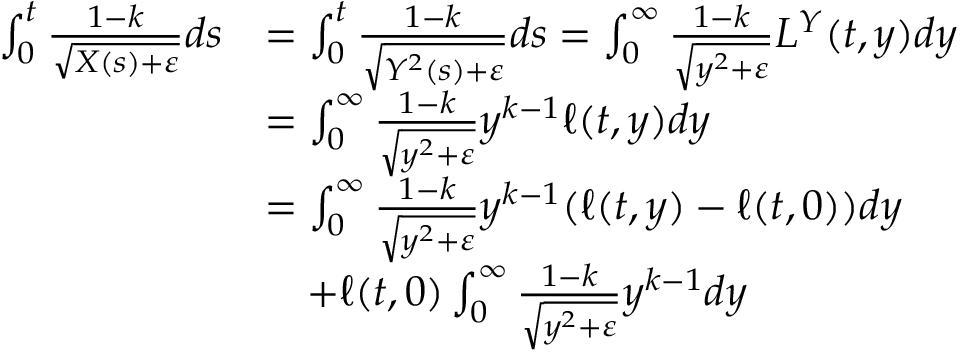
\begin{array} { r l } { \int _ { 0 } ^ { t } \frac { 1 - k } { \sqrt { X ( s ) + \varepsilon } } d s } & { = \int _ { 0 } ^ { t } \frac { 1 - k } { \sqrt { Y ^ { 2 } ( s ) + \varepsilon } } d s = \int _ { 0 } ^ { \infty } \frac { 1 - k } { \sqrt { y ^ { 2 } + \varepsilon } } L ^ { Y } ( t , y ) d y } \\ & { = \int _ { 0 } ^ { \infty } \frac { 1 - k } { \sqrt { y ^ { 2 } + \varepsilon } } y ^ { k - 1 } \ell ( t , y ) d y } \\ & { = \int _ { 0 } ^ { \infty } \frac { 1 - k } { \sqrt { y ^ { 2 } + \varepsilon } } y ^ { k - 1 } ( \ell ( t , y ) - \ell ( t , 0 ) ) d y } \\ & { \quad + \ell ( t , 0 ) \int _ { 0 } ^ { \infty } \frac { 1 - k } { \sqrt { y ^ { 2 } + \varepsilon } } y ^ { k - 1 } d y } \end{array}